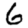
Digit: 6